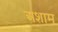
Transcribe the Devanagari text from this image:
अशाम